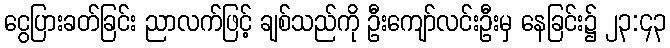
ငွေပြားခတ်ခြင်း ညာလက်ဖြင့် ချစ်သည်ကို ဦးကျော်လင်းဦးမှ နေခြင်း၌ ၂၃:၄၃